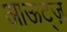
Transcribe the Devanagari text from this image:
आऊट्ज़